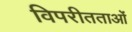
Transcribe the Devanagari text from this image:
विपरीतताओं